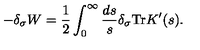
- \delta _ { \sigma } W = \frac 1 2 \int _ { 0 } ^ { \infty } \frac { d s } s \delta _ { \sigma } \mathrm { T r } K ^ { \prime } ( s ) .